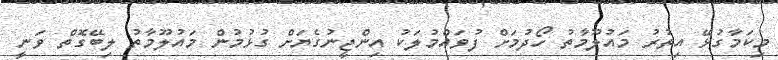
މިކަމާގުޅޭ އިތުރު މައުލޫމާތު ހޯދުމަށް ފުވައްމުލަކު އިންޖީނުގެޔަށް ގުޅުމުން މައުލޫމާތު ލިބޭގޮތް ވަނީ